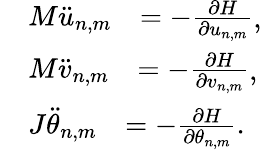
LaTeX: \begin{array}{rl}&{\begin{array}{rl}{M\ddot{u}_{n,m}}&{=-\frac{\partial H}{\partial u_{n,m}}}\end{array},}\\ &{\begin{array}{rl}{M\ddot{v}_{n,m}}&{=-\frac{\partial H}{\partial v_{n,m}}}\end{array},}\\ &{\begin{array}{rl}{J\ddot{\theta}_{n,m}}&{=-\frac{\partial H}{\partial\theta_{n,m}}.}\end{array}}\end{array}